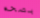
بصحه